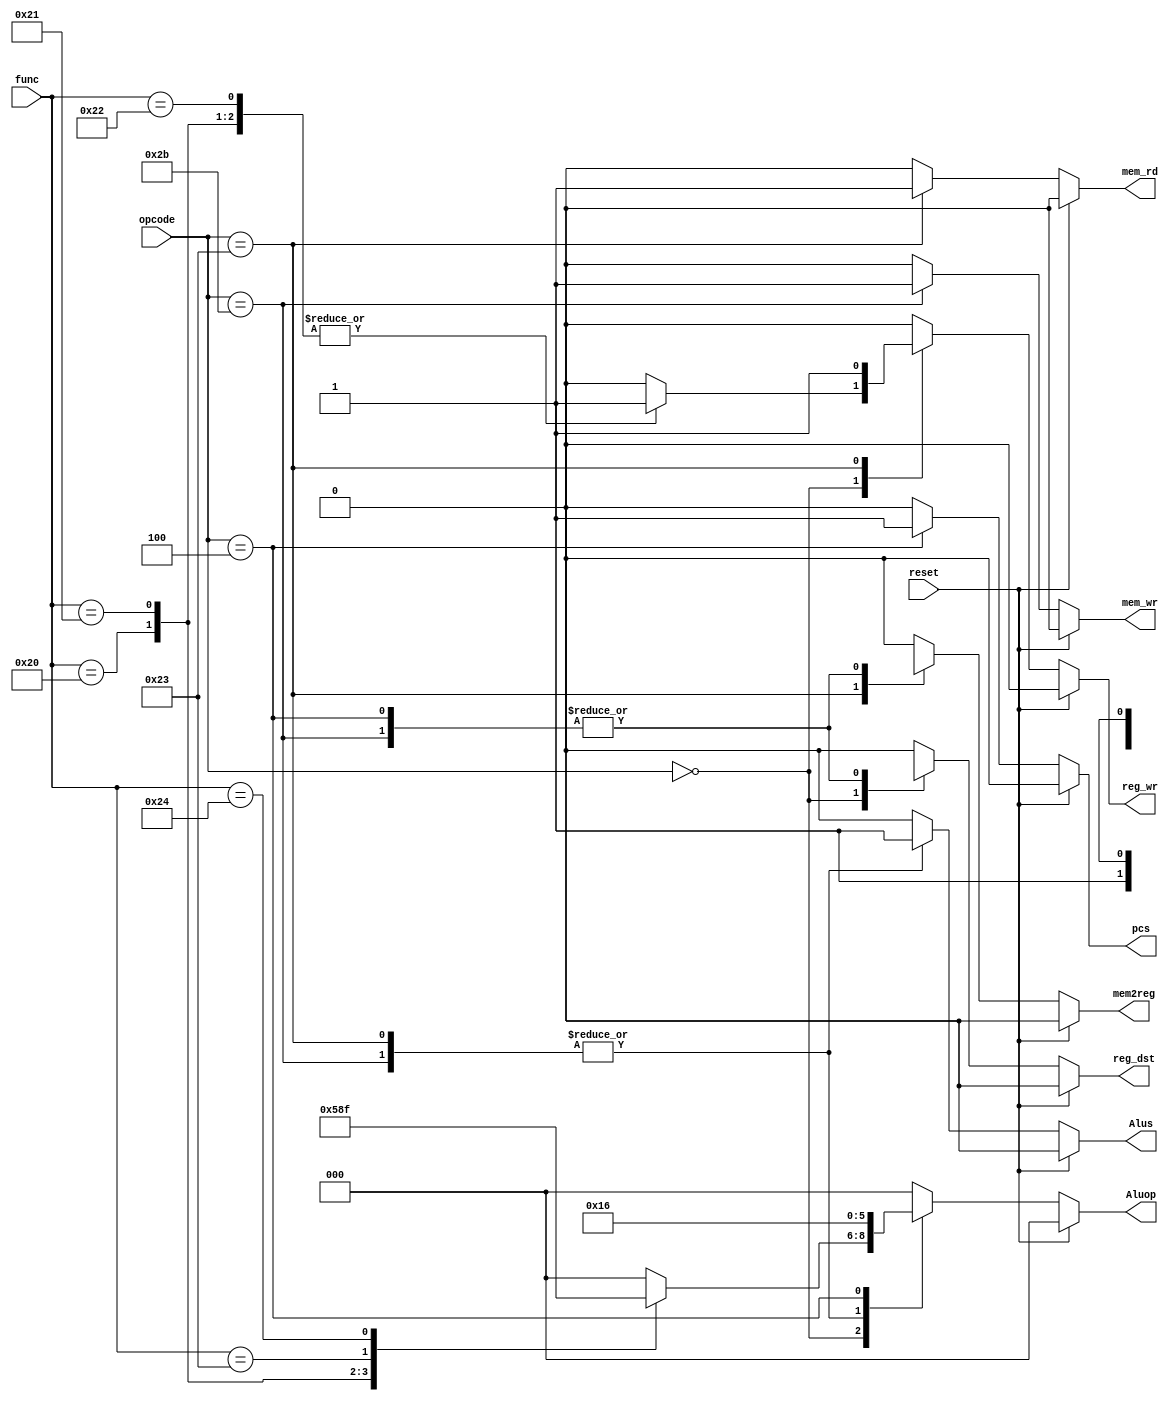
`timescale 1ns / 1ps

// control unit

module control_unit(
input reset,
input [5:0] opcode,
input [5:0] func,
output reg reg_dst,
output reg reg_wr,
output reg Alus,
output reg [2:0] Aluop,
output reg mem_wr,
output reg mem_rd,
output reg mem2reg,
output reg pcs
);
always @(*)
begin
     if(reset)
	  begin
	  reg_dst=1'b0;
     reg_wr=1'b0;
     Alus=1'b0;
     Aluop=3'b000;
     mem_wr=1'b0;
     mem_rd=1'b0;
     mem2reg=1'b0;
     pcs=1'b0;
	  end
	  else
	  begin
	       case(opcode)
			 6'b000000:begin
			           case(func)
						  6'b100000:begin
						  reg_dst=1'b1;
                    reg_wr=1'b1;
                    Alus=1'b0;
                    Aluop=3'b010;
                    mem_wr=1'b0;
                    mem_rd=1'b0;
                    mem2reg=1'b0;
                    pcs=1'b0;
						  end
						  6'b100001:begin
						  reg_dst=1'b1;
                    reg_wr=1'b1;
                    Alus=1'b0;
                    Aluop=3'b110;
                    mem_wr=1'b0;
                    mem_rd=1'b0;
                    mem2reg=1'b0;
                    pcs=1'b0;
						  end
						  6'b100010:begin
						  reg_dst=1'b1;
                    reg_wr=1'b1;
                    Alus=1'b0;
                    Aluop=3'b000;
                    mem_wr=1'b0;
                    mem_rd=1'b0;
                    mem2reg=1'b0;
                    pcs=1'b0;
						  end
						  6'b100011:begin
						  reg_dst=1'b1;
                    reg_wr=1'b1;
                    Alus=1'b0;
                    Aluop=3'b001;
                    mem_wr=1'b0;
                    mem_rd=1'b0;
                    mem2reg=1'b0;
                    pcs=1'b0;
						  end
						  6'b100100:begin
						  reg_dst=1'b1;
                    reg_wr=1'b1;
                    Alus=1'b0;
                    Aluop=3'b111;
                    mem_wr=1'b0;
                    mem_rd=1'b0;
                    mem2reg=1'b0;
                    pcs=1'b0;
						  end
						  default:begin
						  reg_dst=1'b0;
                    reg_wr=1'b0;
                    Alus=1'b0;
                    Aluop=3'b000;
                    mem_wr=1'b0;
                    mem_rd=1'b0;
                    mem2reg=1'b0;
                    pcs=1'b0;
						  end
						  endcase
						  end
			6'b100011:begin
						 reg_dst=1'b0;
                   reg_wr=1'b1;
                   Alus=1'b1;
                   Aluop=3'b010;
                   mem_wr=1'b0;
                   mem_rd=1'b1;
                   mem2reg=1'b1;
                   pcs=1'b0;
						 end
			6'b101011:begin
			          reg_dst=1'bx;
                   reg_wr=1'b0;
                   Alus=1'b1;
                   Aluop=3'b010;
                   mem_wr=1'b1;
                   mem_rd=1'b0;
                   mem2reg=1'bx;
                   pcs=1'b0;
						 end
			6'b000100:begin
			          reg_dst=1'bx;
                   reg_wr=1'b0;
                   Alus=1'b0;
                   Aluop=3'b110;
                   mem_wr=1'b0;
                   mem_rd=1'b0;
                   mem2reg=1'bx;
                   pcs=1'b1;
						 end
			default:begin
	              reg_dst=1'b0;
                 reg_wr=1'b0;
                 Alus=1'b0;
                 Aluop=3'b000;
                 mem_wr=1'b0;
                 mem_rd=1'b0;
                 mem2reg=1'b0;
                 pcs=1'b0;
	              end
	       endcase
		end
end
endmodule